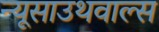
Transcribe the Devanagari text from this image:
न्यूसाउथवाल्स